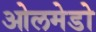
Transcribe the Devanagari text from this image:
ओलमेडो